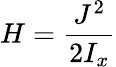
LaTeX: H=\frac{J^{2}}{2I_{x}}